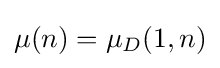
\mu (n)=\mu _{D}(1,n)